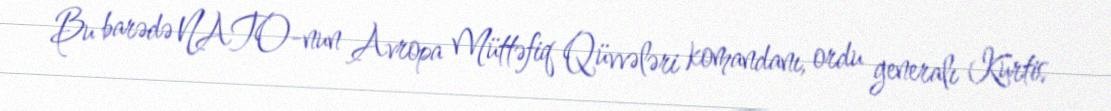
Bu barədə NATO-nun Avropa Müttəfiq Qüvvələri komandanı, ordu generalı Kurtis